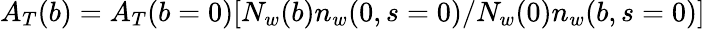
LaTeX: A_{T}(b)=A_{T}(b=0)[N_{w}(b)n_{w}(0,s=0)/N_{w}(0)n_{w}(b,s=0)]